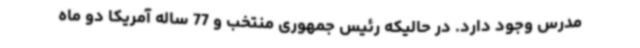
مدرس وجود دارد. در حالیکه رئیس جمهوری منتخب و 77 ساله آمریکا دو ماه